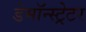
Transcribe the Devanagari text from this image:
डेमॉन्स्ट्रेटर